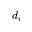
d _ { v }